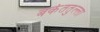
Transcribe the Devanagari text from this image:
बर्कततुल्ला